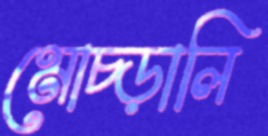
মোচ্‌ড়ালি